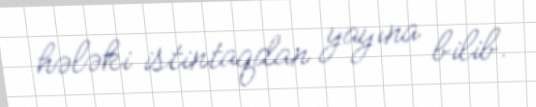
hələki istintaqdan yayına bilib.